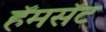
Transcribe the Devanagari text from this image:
हॅमसॅट